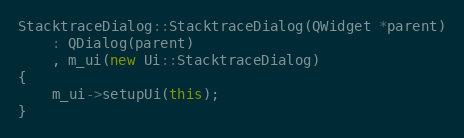
Language: C++
StacktraceDialog::StacktraceDialog(QWidget *parent)
    : QDialog(parent)
    , m_ui(new Ui::StacktraceDialog)
{
    m_ui->setupUi(this);
}